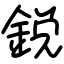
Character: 鋭